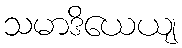
သမာဒိယေယျ